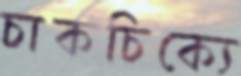
চাকচিক্যে